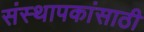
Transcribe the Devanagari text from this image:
संस्थापकांसाठी